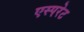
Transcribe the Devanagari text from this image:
एस्परेट